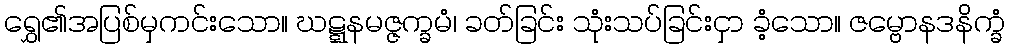
ရွှေ၏အပြစ်မှကင်းသော။ ဃဋ္ဋနမဇ္ဇက္ခမံ၊ ခတ်ခြင်း သုံးသပ်ခြင်းငှာ ခံ့သော။ ဇမ္ဗောနဒနိက္ခံ